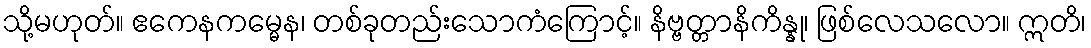
သို့မဟုတ်။ ဧကေနကမ္မေန၊ တစ်ခုတည်းသောကံကြောင့်။ နိဗ္ဗတ္တာနိကိန္နု၊ ဖြစ်လေသလော။ ဣတိ၊